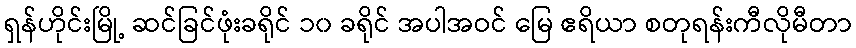
ရှန်ဟိုင်းမြို့ ဆင်ခြင်ဖုံးခရိုင် ၁၀ ခရိုင် အပါအဝင် မြေ ဧရိယာ စတုရန်းကီလိုမီတာ